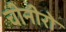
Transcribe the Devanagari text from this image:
चीनीरो